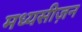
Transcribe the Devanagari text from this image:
मध्यसीज़न